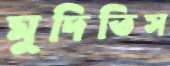
মুদিতিস